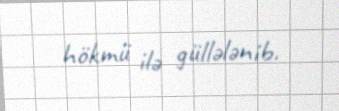
hökmü ilə güllələnib.